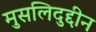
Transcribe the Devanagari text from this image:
मुसलिदुद्दीन